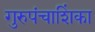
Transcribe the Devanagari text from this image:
गुरुपंचाशिंका